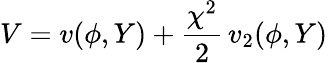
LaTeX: V=v(\phi,Y)+\frac{\chi^{2}}{2}\, v_{2}(\phi,Y)